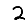
Digit: 2